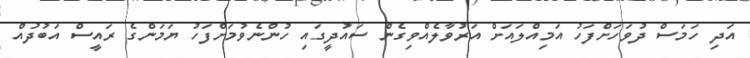
އަދި ހަމަސް ދުވަހަށްފަހު އަމިއްލައަށް އަރުވާލެއްވިގެން ސައުދީގައި ހުންނެވުމަށްފަހު ޔަމަންގެ ރައީސް އަބުދުއް